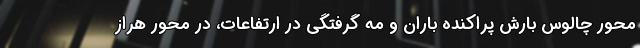
محور چالوس بارش پراکنده باران و مه گرفتگی در ارتفاعات، در محور هراز